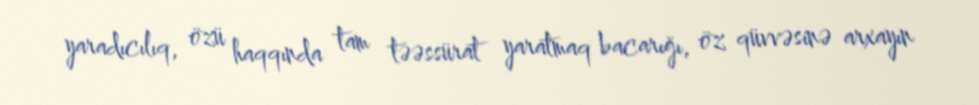
yaradıcılıq, özü haqqında tam təəssürat yaratmaq bacarığı, öz qüvvəsinə arxayın